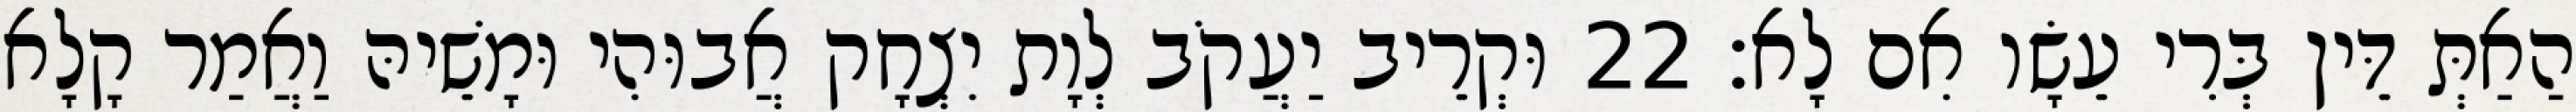
הַאַתְּ דֵּין בְּרִי עֵשָׂו אִם לָא׃ 22 וּקְרֵיב יַעֲקֹב לְוָת יִצְחָק אֲבוּהִי וּמָשֵׁיהּ וַאֲמַר קָלָא